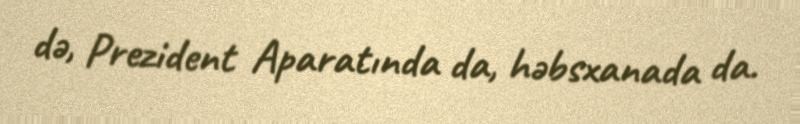
də, Prezident Aparatında da, həbsxanada da.